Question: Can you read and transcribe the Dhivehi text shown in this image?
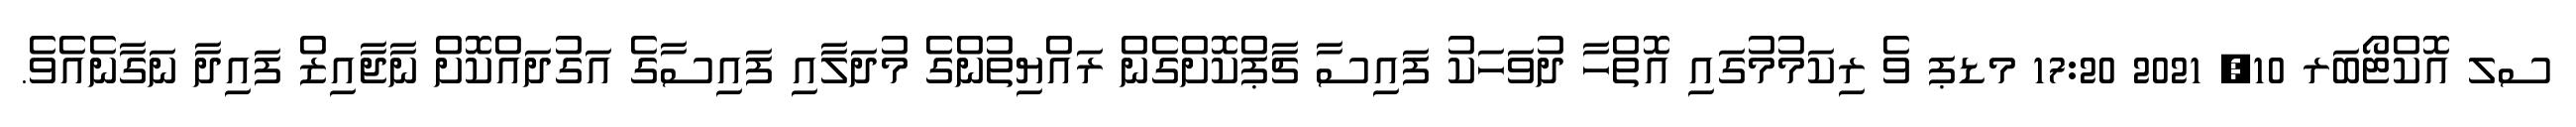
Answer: ސލ އޮކްޓޯބަރ 10, 2021 17:20 މޑޕ ވެ ރިކަމުމުގައި އޮތްހާ ދުވަހަކު ފައިސާ ޗާޕްކޮށްގެން ރައްޔިތުންގެ މުދަލާއި ފައިސާގެ އަގުދައްކޮށް ނާޖާއިޒް ފައިދާ ނަގާނެއެވެ.